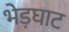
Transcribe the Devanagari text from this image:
भेड़घाट